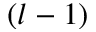
( l - 1 )